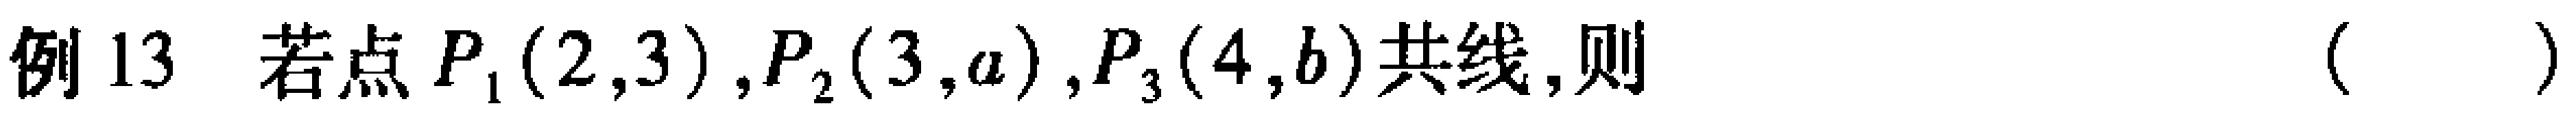
例13 若点$P_1(2,3),P_2(3,a),P_3(4,b)$共线,则（  ）